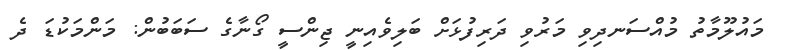
މައުލޫމާތު މުއްސަނދިވި މަރުވި ދަރިފުޅަށް ބަލިވެއިނީ ޖިންސީ ގޯނާގެ ސަބަބުން: މަންމަކުޑަ ދެ